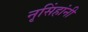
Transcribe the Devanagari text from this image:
नृसिंहांनी